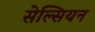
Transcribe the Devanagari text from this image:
सेल्सियन